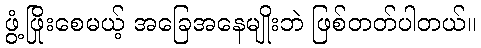
ဖွံ့ဖြိုးစေမယ့် အခြေအနေမျိုးဘဲ ဖြစ်တတ်ပါတယ်။